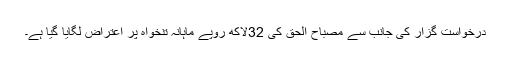
درخواست گزار کی جانب سے مصباح الحق کی 32لاکھ روپے ماہانہ تنخواہ پر اعتراض لگایا گیا ہے۔